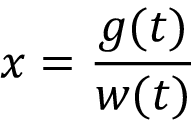
x = { \frac { g ( t ) } { w ( t ) } }